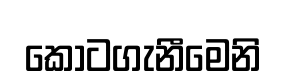
කොටගැනීමෙනි